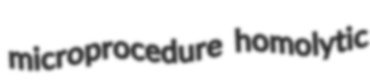
microprocedure homolytic